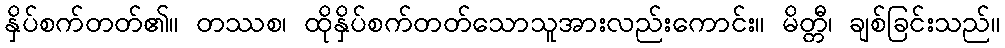
နှိပ်စက်တတ်၏။ တဿစ၊ ထိုနှိပ်စက်တတ်သောသူအားလည်းကောင်း။ မိတ္တီ၊ ချစ်ခြင်းသည်။